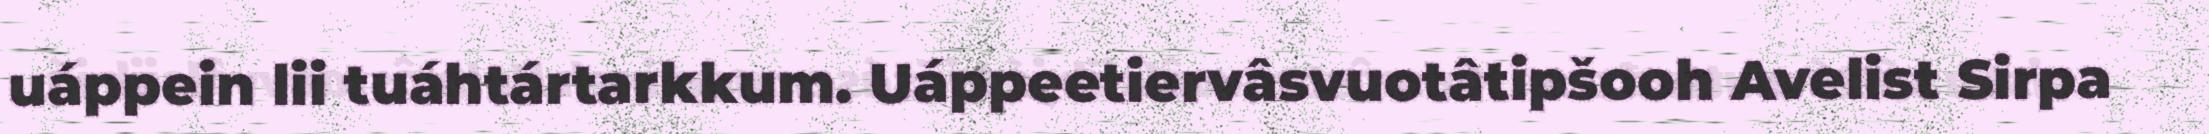
uáppein lii tuáhtártarkkum. Uáppeetiervâsvuotâtipšooh Avelist Sirpa